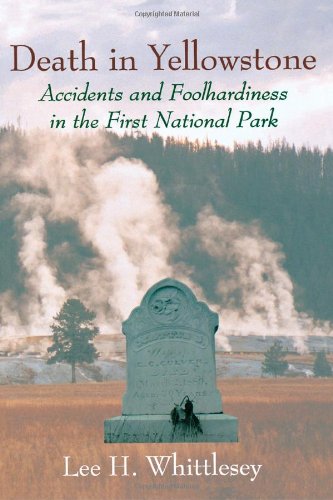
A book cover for Death in Yellowstone: Accidents and Foolhardiness in the First National Park; Lee H. Whittlesey; Travel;